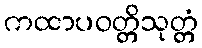
ကထာပဝတ္တိသုတ္တံ